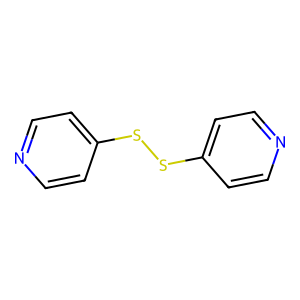
SMILES: c1cc(SSc2ccncc2)ccn1
Inhibits HIV replication: No